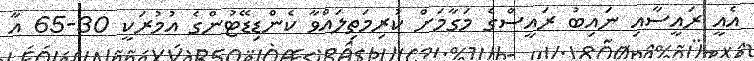
އެއީ ރައީސާއި ނައިބު ރައީސްގެ މަގާމަށް ކުރިމަތިލައްވާ ކެންޑިޑޭޓުންގެ އުމުރަކީ 30-65 އާ